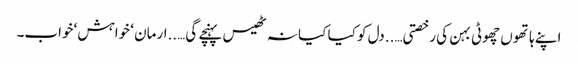
اپنے ہاتھوں چھوٹی بہن کی رخصتی…..دل کو کیا کیا نہ ٹھیس پہنچے گی…..ارمان ‘ خواہش‘ خواب۔